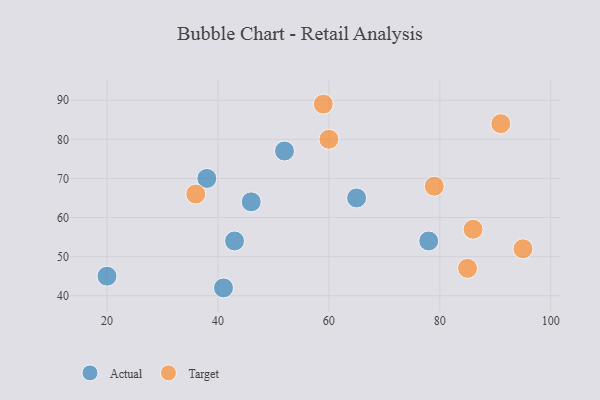
{"axis": {"x": "GDP", "y": "Life Expectancy"}, "legend": ["Actual", "Target"], "data": [{"x": "46", "y": 64, "type": "Actual"}, {"x": "41", "y": 42, "type": "Actual"}, {"x": "43", "y": 54, "type": "Actual"}, {"x": "20", "y": 45, "type": "Actual"}, {"x": "52", "y": 77, "type": "Actual"}, {"x": "78", "y": 54, "type": "Actual"}, {"x": "65", "y": 65, "type": "Actual"}, {"x": "38", "y": 70, "type": "Actual"}, {"x": "60", "y": 80, "type": "Target"}, {"x": "79", "y": 68, "type": "Target"}, {"x": "59", "y": 89, "type": "Target"}, {"x": "86", "y": 57, "type": "Target"}, {"x": "95", "y": 52, "type": "Target"}, {"x": "91", "y": 84, "type": "Target"}, {"x": "36", "y": 66, "type": "Target"}, {"x": "85", "y": 47, "type": "Target"}]}